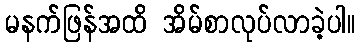
မနက်ဖြန်အထိ အိမ်စာလုပ်လာခဲ့ပါ။